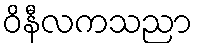
ဝိနီလကသညာ